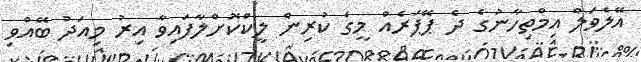
އޭލެވަލް އިމްތިހާނުގެ ދެ ޕޭޕަރެއް މީގެ ކުރިން ލީކްކޮށްލާފައިވާ އިރު މިއަދު ބޭއްވި